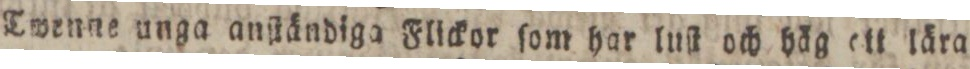
Twenne unga anſtändiga Flickor ſom har luſt och häg ett lära